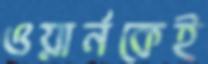
ওয়ার্নকেই